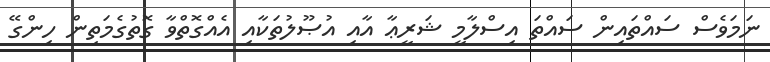
ނަމަވެސް ސައްތައިން ސައްތަ އިސްލާމީ ޝަރީޢާ އާއި އުޞޫލުތަކާއި އެއްގޮތްވާ ގޮތުގެމަތިން ހިންގޭ